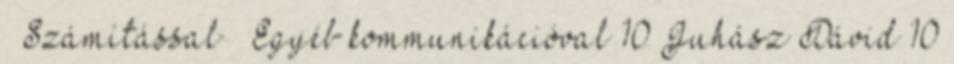
● Számítással ● Egyéb kommunikációval 10 Juhász Dávid 10